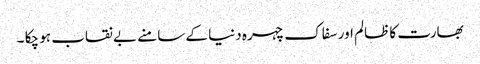
بھارت کا ظالم اور سفاک چہرہ دنیا کے سامنے بے نقاب ہو چکا ۔